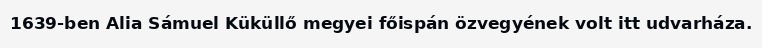
1639-ben Alia Sámuel Küküllő megyei főispán özvegyének volt itt udvarháza.